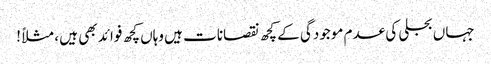
جہاں بجلی کی عدم موجودگی کے کچھ نقصانات ہیں وہاں کچھ فوائد بھی ہیں ، مثلاً !